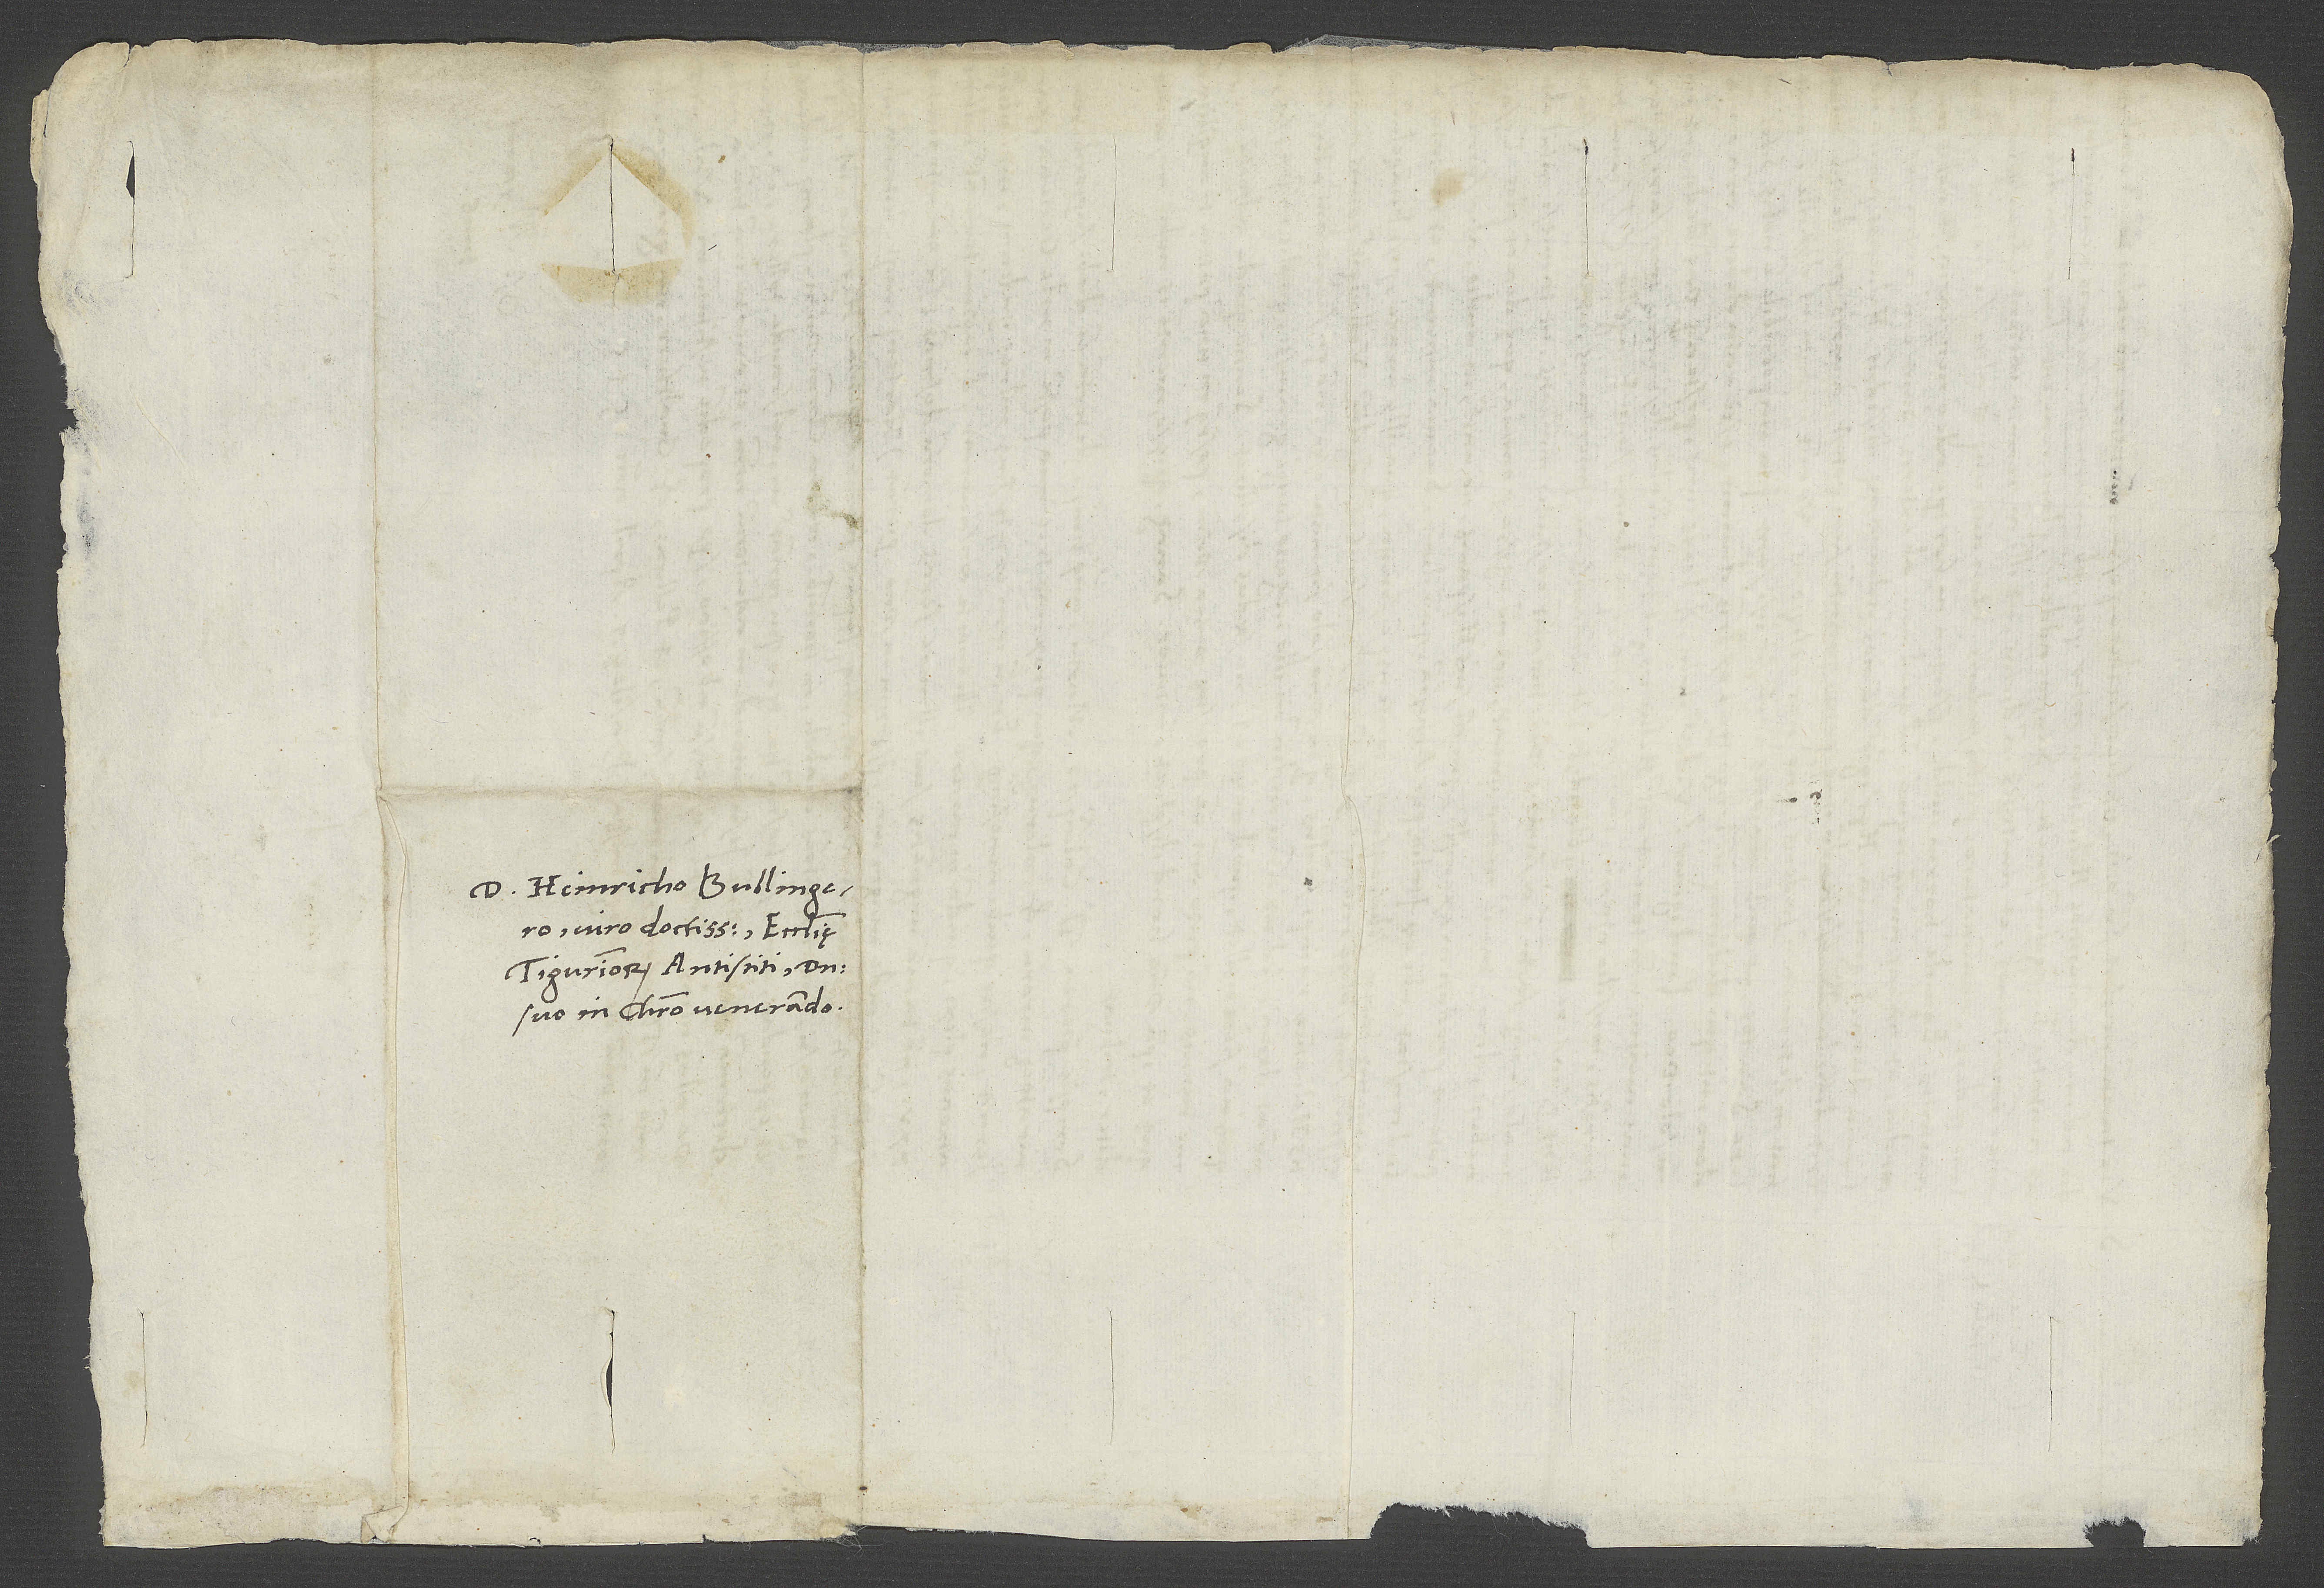
D. Heinricho Bullingero,
viro doctissimo, ecclesię
Tigurinorum antistiti, domino
suo in Christo venerando.